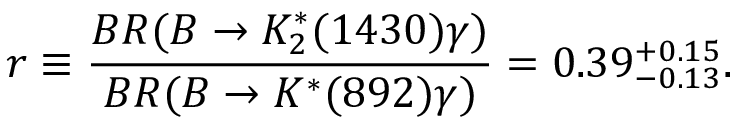
r \equiv \frac { B R ( B \to K _ { 2 } ^ { * } ( 1 4 3 0 ) \gamma ) } { B R ( B \to K ^ { * } ( 8 9 2 ) \gamma ) } = 0 . 3 9 _ { - 0 . 1 3 } ^ { + 0 . 1 5 } .